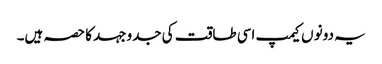
یہ دونو ں کیمپ اسی طاقت کی جدوجہد کا حصہ ہیں۔